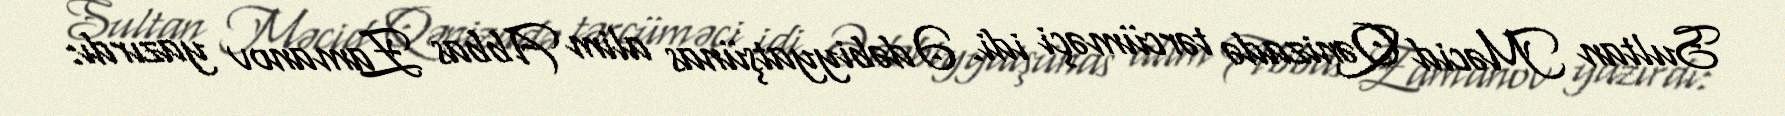
Sultan Məcid Qənizadə tərcüməçi idi. Ədəbiyyatşünas alim Abbas Zamanov yazırdı: